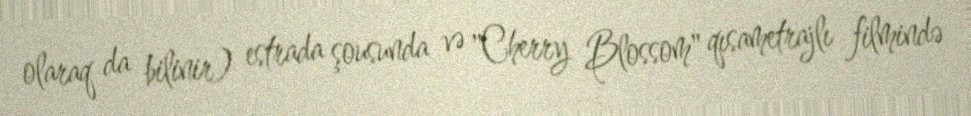
olaraq da bilinir) estrada şousunda və "Cherry Blossom" qısametrajlı filmində